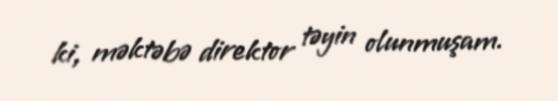
ki, məktəbə direktor təyin olunmuşam.